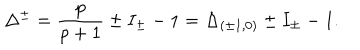
LaTeX: \Delta ^ { \pm } = \frac { p } { p + 1 } \pm I _ { \pm } - 1 = \Delta _ { ( \pm 1 , 0 ) } \pm I _ { \pm } - 1 .